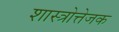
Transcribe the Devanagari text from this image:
शास्त्रोत्तेजक